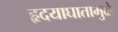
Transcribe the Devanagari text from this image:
हृदयाघातामुळे